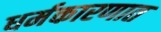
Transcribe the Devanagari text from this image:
धर्मकारणात